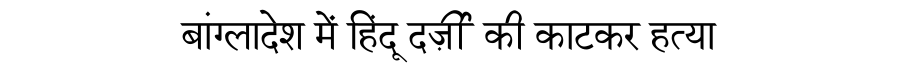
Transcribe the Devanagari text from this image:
बांग्लादेश में हिंदू दर्ज़ी की काटकर हत्या